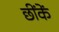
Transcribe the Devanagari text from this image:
छींकें